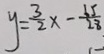
y = \frac { 3 } { 2 } x - \frac { 6 5 } { 2 8 }